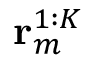
\mathbf { r } _ { m } ^ { 1 : K }